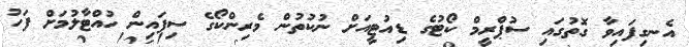
އެނގިފައިވާ ގޮތުގައި ސުޕްރީމް ކޯޓުގެ ޑިއުޓީއަށް ނުކުތުން މެރިންކޯގެ ސިފައިން ހުއްްޓާލުމަށް ފަހު